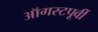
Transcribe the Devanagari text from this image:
ऑगस्टपूर्वी